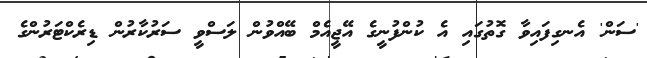
'ސަން' އެނގިފައިވާ ގޮތުގައި އެ ކުންފުނީގެ އޭޖީއެމް ބޭއްވުން ލަސްވީ ސަރުކާރުން ޑިރެކްޓަރުންގެ